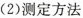
(2)测定方法